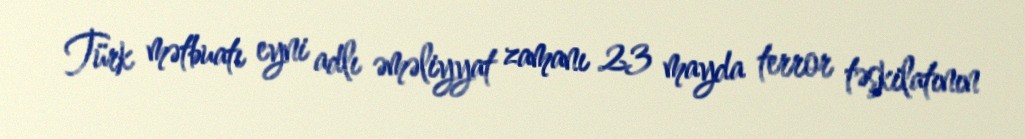
Türk mətbuatı eyni adlı əməliyyat zamanı 23 mayda terror təşkilatının